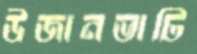
উজানভাটি